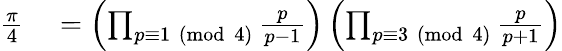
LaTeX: \begin{array}{rl}{{\frac{\pi}{4}}}&{{}=\left(\prod_{p\equiv 1{\pmod{4}}}{\frac{p}{p-1}}\right)\left(\prod_{p\equiv 3{\pmod{4}}}{\frac{p}{p+1}}\right)}\end{array}